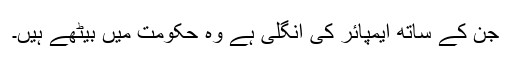
جن کے ساتھ ایمپائر کی انگلی ہے وہ حکومت میں بیٹھے ہیں۔